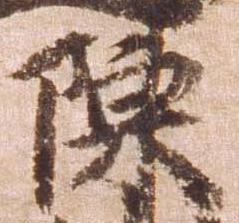
陳